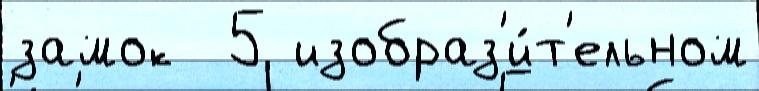
замок  5 изобраз'и́т'ельном